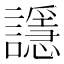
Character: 𲁼